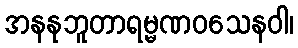
အနနုဘူတာရမ္မဏဝသေနဝါ၊